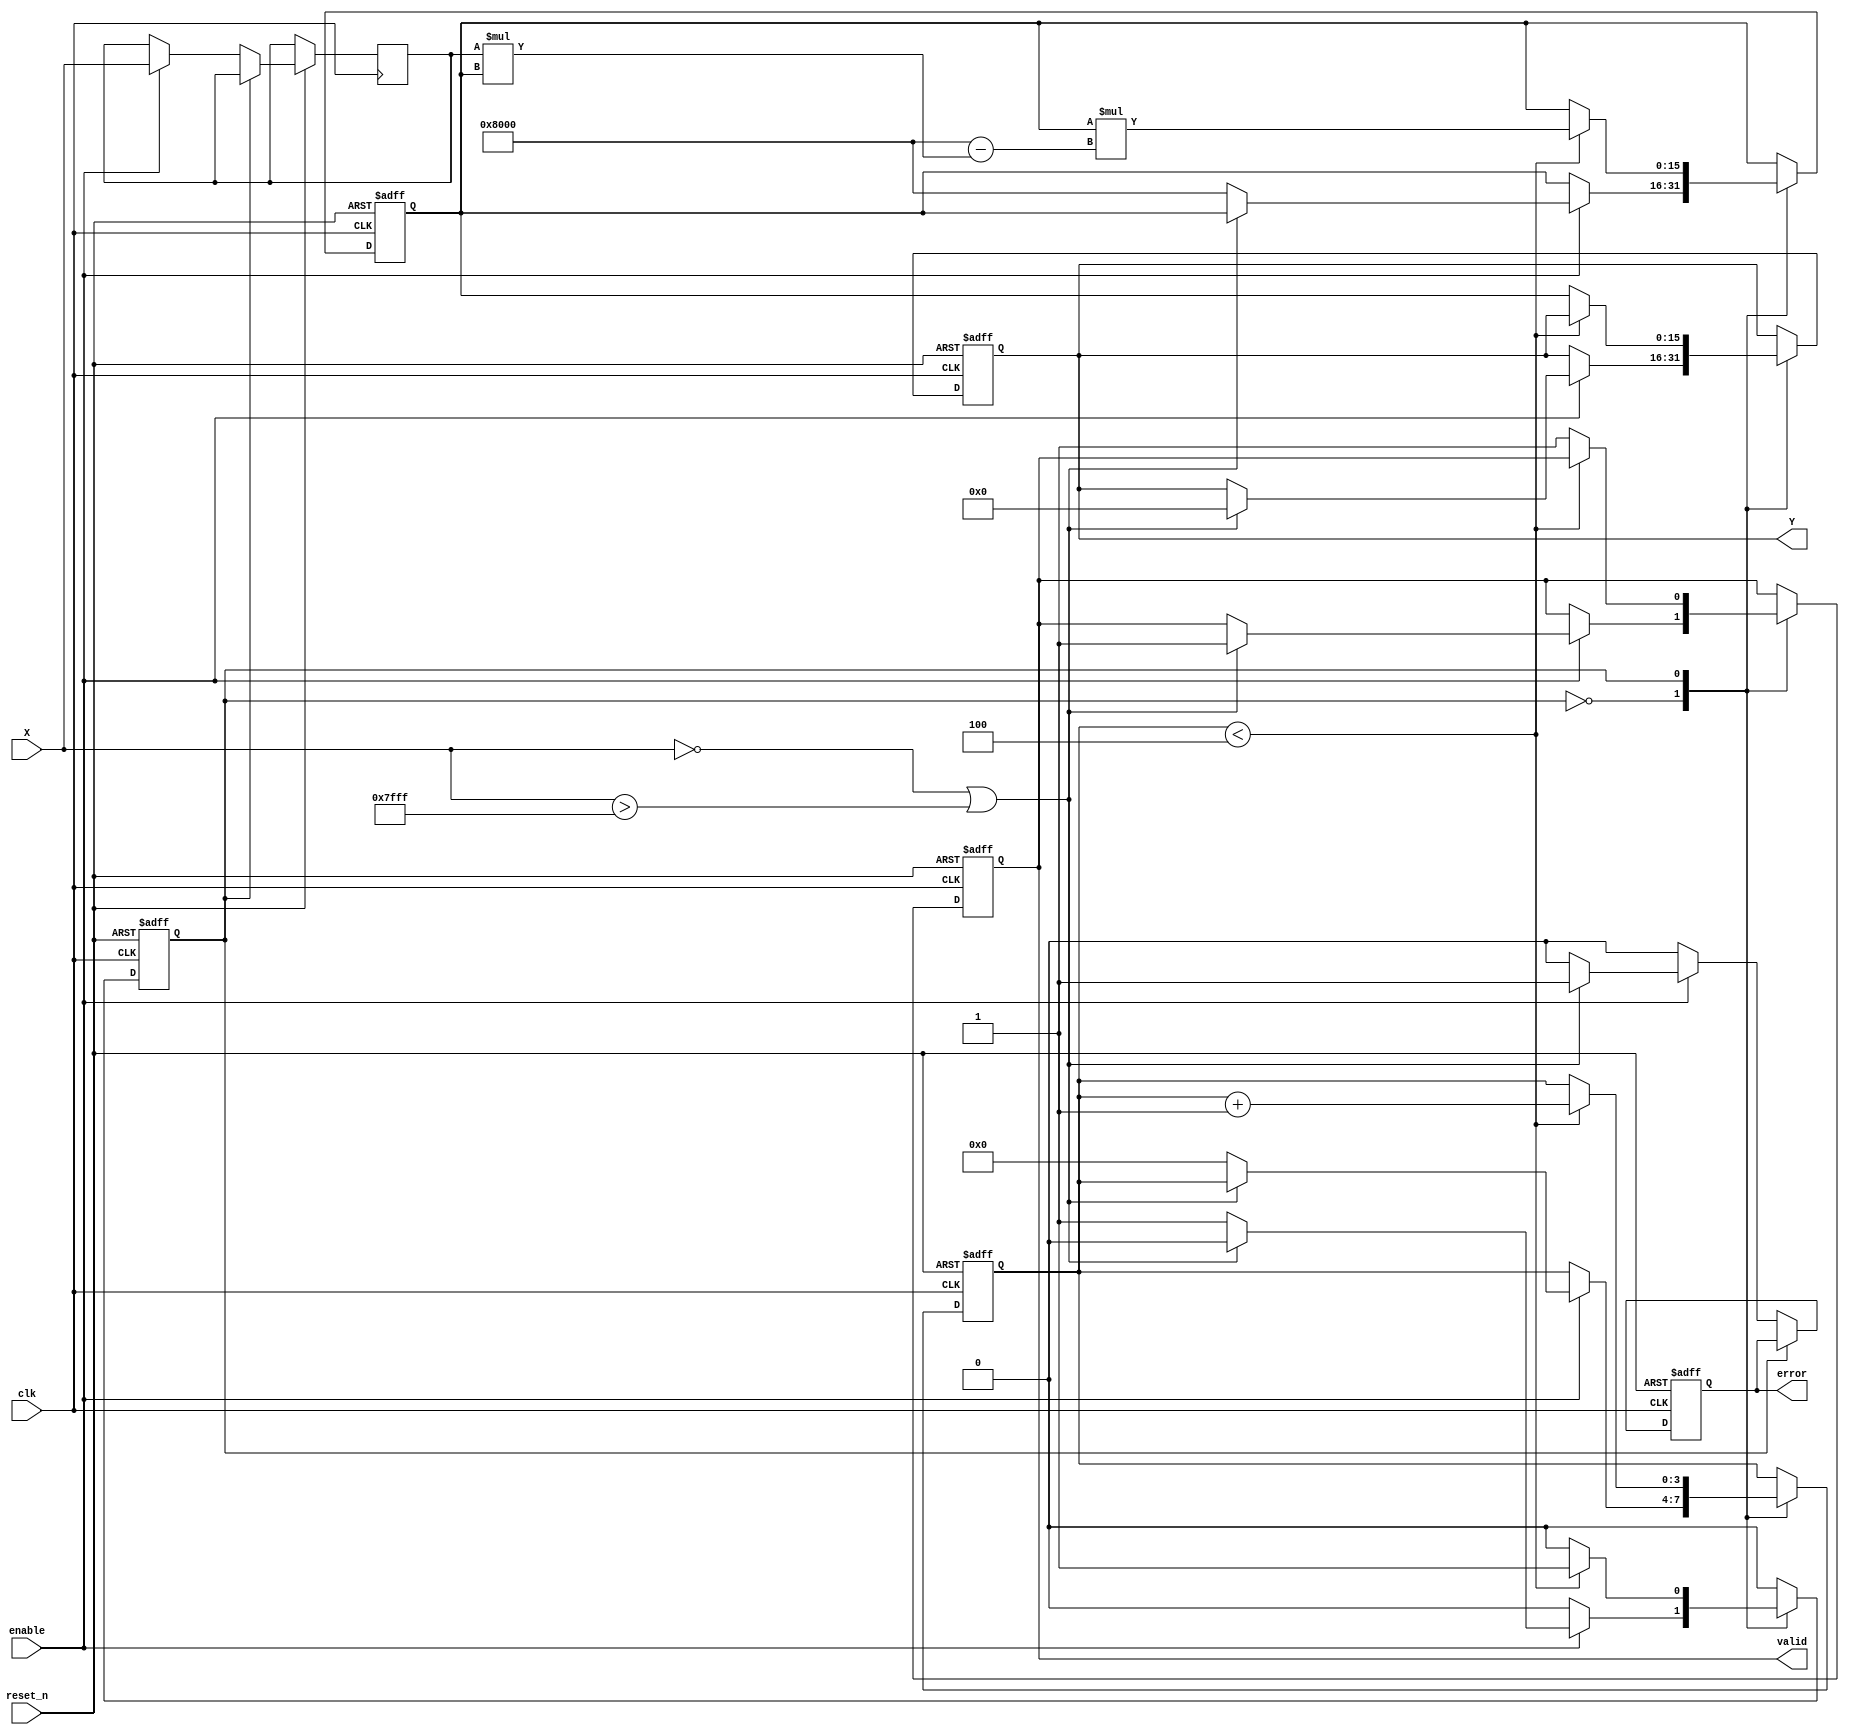
module FixedPointReciprocal #(
    parameter M = 8, // Number of integer bits
    parameter N = 8, // Number of fractional bits
    parameter ITERATIONS = 4 // Number of iterations for Newton-Raphson
)(
    input wire clk,
    input wire reset_n,
    input wire enable,
    input wire [M+N-1:0] X, // Input fixed-point number (Qm.n)
    output reg [M+N-1:0] Y, // Output fixed-point reciprocal (Qm.n)
    output reg valid, // Valid signal indicating output is ready
    output reg error // Error signal for invalid input
);

    localparam MAX_VALUE = {1'b0, {(M+N-1){1'b1}}}; // Max representable value in Qm.n

    reg [M+N-1:0] x_reg;
    reg [M+N-1:0] r; // Current estimate of the reciprocal
    reg [3:0] iteration_count; // Iteration counter
    reg state; // State of the FSM (0: idle, 1: calculating)

    // State Machine
    always @(posedge clk or negedge reset_n) begin
        if (!reset_n) begin
            Y <= 0;
            valid <= 0;
            error <= 0;
            iteration_count <= 0;
            state <= 0;
            r <= 0;
        end else begin
            case (state)
                0: begin // Idle state
                    error <= 0;
                    if (enable) begin
                        x_reg <= X;
                        if (X == 0 || X > MAX_VALUE) begin
                            error <= 1; // Invalid input
                            Y <= {M+N{1'b0}}; // Output zero or infinite representation
                            valid <= 1;
                        end else begin
                            r <= {1'b1, {(M+N-1){1'b0}}}; // Initial estimate (1.0 in Qm.n)
                            iteration_count <= 0;
                            state <= 1; // Transition to calculating state
                        end
                    end
                end
                1: begin // Calculating state
                    if (iteration_count < ITERATIONS) begin
                        r <= r * ({1'b1, {(M+N-1){1'b0}}} - (x_reg * r)); // Newton-Raphson update
                        iteration_count <= iteration_count + 1;
                    end else begin
                        Y <= r;
                        valid <= 1; // Output is valid
                        state <= 0; // Go back to idle state
                    end
                end
            endcase
        end
    end

endmodule